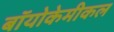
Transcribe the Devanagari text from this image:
बॉयोकेमीकल